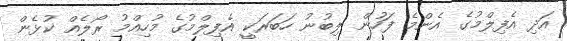
އަދި އެފިލްމުގެ އެންމެ ފަހުން ލިބުނު ހަބަރަކީ އެފިލްމުގެ މުހިއްމު ރޯލެއް ކުޅެން